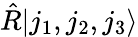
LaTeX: \hat{R}|j_{1},j_{2},j_{3}\rangle